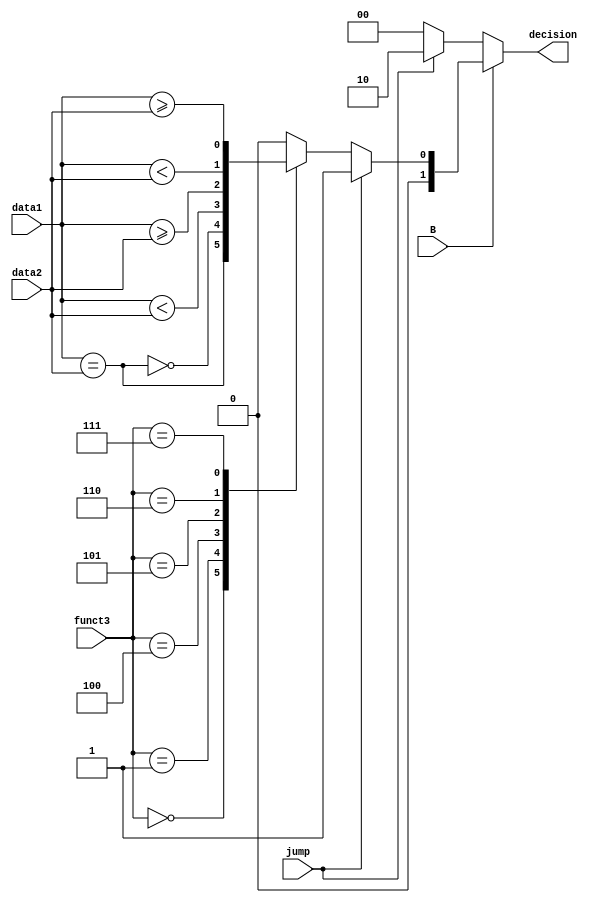
module branchingUnit(
  input B,            // Branching signal from Control Unit
  input jump,
  input [2:0] funct3,  // Instruction[12:14]
  input [31:0] data1,
  input [31:0] data2,
  output reg [1:0] decision       // Final branching decision
);

  always @* begin
    if (B == 1'b1) begin
      if (jump)
        decision = 2'b01;
      else begin
        case (funct3)
          3'b000: decision = {1'b0, (data1 == data2)};    // BEQ
          3'b001: decision = {1'b0, ~(data1 == data2)};   // BNE
          3'b100: decision = {1'b0, $signed(data1) < $signed(data2)};    // BLT
          3'b101: decision = {1'b0, $signed(data1) >= $signed(data2)};   // BGE
          3'b110: decision = {1'b0, data1 < data2};        // BLTU
          3'b111: decision = {1'b0, data1 >= data2};       // BGEU
          default: decision = 2'b00;                       // Default case: does not branch
        endcase
      end
    end else
      decision = (jump) ? 2'b10 : 2'b00;
  end

endmodule